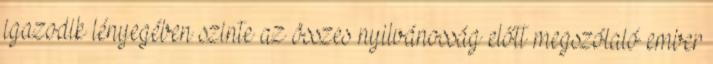
igazodik lényegében szinte az összes nyilvánosság előtt megszólaló ember